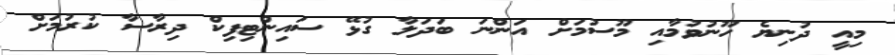
މިއީ ދުނިޔެ ހޫނުވުމާއި މޫސުމަށް އަންނަ ބަދަލާ ގުޅޭ ސައިންޓިފިކް ދިރާސާ ކުރުމަށް